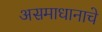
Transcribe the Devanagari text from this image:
असमाधानाचे